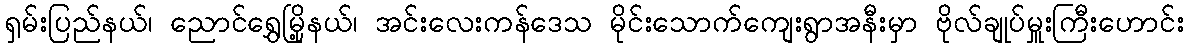
ရှမ်းပြည်နယ်၊ ညောင်ရွှေမြို့နယ်၊ အင်းလေးကန်ဒေသ မိုင်းသောက်ကျေးရွာအနီးမှာ ဗိုလ်ချုပ်မှူးကြီးဟောင်း